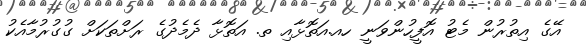
އޭގެ އިތުރުން މެޓު އޮފީހުންވަނީ ހއ.އަތޮޅާއި ތ. އަތޮޅާ ދެމެދުގެ ރަށްތަކަށް ގުގުރުމާއެކު